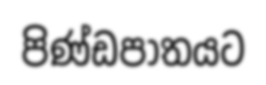
පිණ්ඩපාතයට